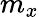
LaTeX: m_{x}